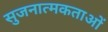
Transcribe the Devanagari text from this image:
सुजनात्मकताओं